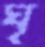
ঘৃ